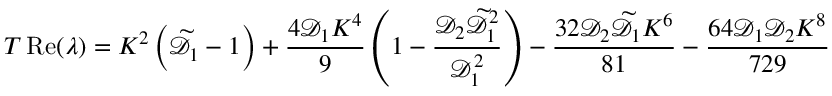
T \operatorname { R e } ( \lambda ) = K ^ { 2 } \left( \widetilde { \mathcal { D } } _ { 1 } - 1 \right) + \frac { 4 \mathcal { D } _ { 1 } K ^ { 4 } } { 9 } \left( 1 - \frac { \mathcal { D } _ { 2 } \widetilde { \mathcal { D } } _ { 1 } ^ { 2 } } { \mathcal { D } _ { 1 } ^ { 2 } } \right) - \frac { 3 2 \mathcal { D } _ { 2 } \widetilde { \mathcal { D } } _ { 1 } K ^ { 6 } } { 8 1 } - \frac { 6 4 \mathcal { D } _ { 1 } \mathcal { D } _ { 2 } K ^ { 8 } } { 7 2 9 }